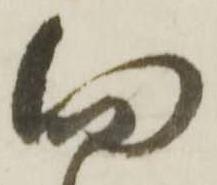
向